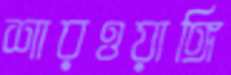
শারওয়াঙ্গি